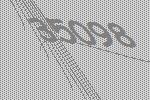
35098